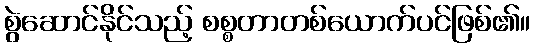
စွဲဆောင်နိုင်သည့် စစ္စတာတစ်ယောက်ပင်ဖြစ်၏။